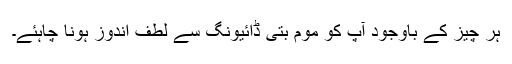
ہر چیز کے باوجود آپ کو موم بتی ڈائیونگ سے لطف اندوز ہونا چاہئے۔